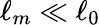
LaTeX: \ell_{m}\ll\ell_{0}